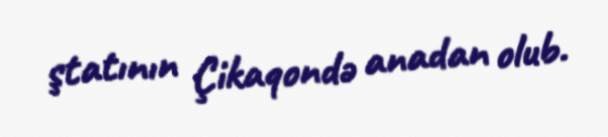
ştatının Çikaqondə anadan olub.